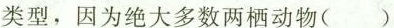
类型，因为绝大多数两栖动物()